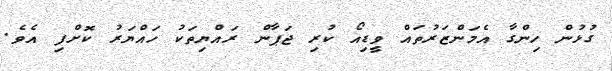
ގުޅުން ހިންގާ އެމަންޒަރުތައް ވީޑިއޯ ކުރި ޖަޕާން ރައްޔިތަކު ހައްޔަރު ކޮށްފި އެވެ.